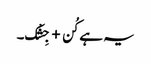
یہ ہے کُن + جِشْک۔